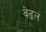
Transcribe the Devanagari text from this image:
वेढलं